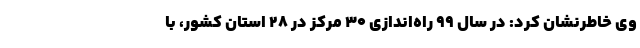
وی خاطرنشان کرد: در سال ۹۹ راه‌اندازی ۳۰ مرکز در ۲۸ استان کشور، با